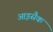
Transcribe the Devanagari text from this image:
आइसैक